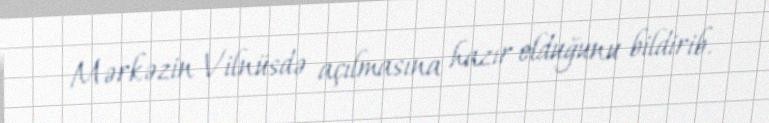
Mərkəzin Vilnüsdə açılmasına hazır olduğunu bildirib.